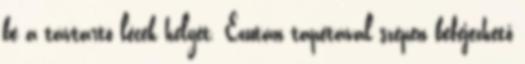
be a távtartó lécek helyét. Ezután tapétával szépen befejezhető